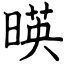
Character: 暎